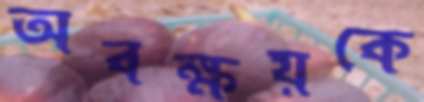
অবক্ষয়কে